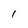
Character: I